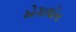
એગાથોન